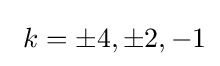
\ k=\pm 4,\pm 2,-1